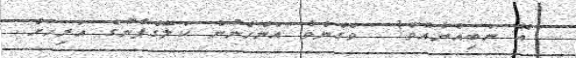
އޭ ނަބިއްޔާއެވެ!  ވެގެންވާ އަންހެނުން ކަލޭގެފާނުގެ އަރިހަށް